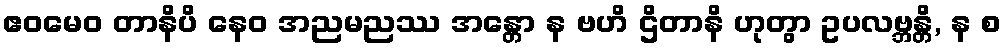
ဧဝမေဝ တာနိပိ နေဝ အညမညဿ အန္တော န ဗဟိ ဌိတာနိ ဟုတွာ ဥပလဗ္ဘန္တိ, န စ